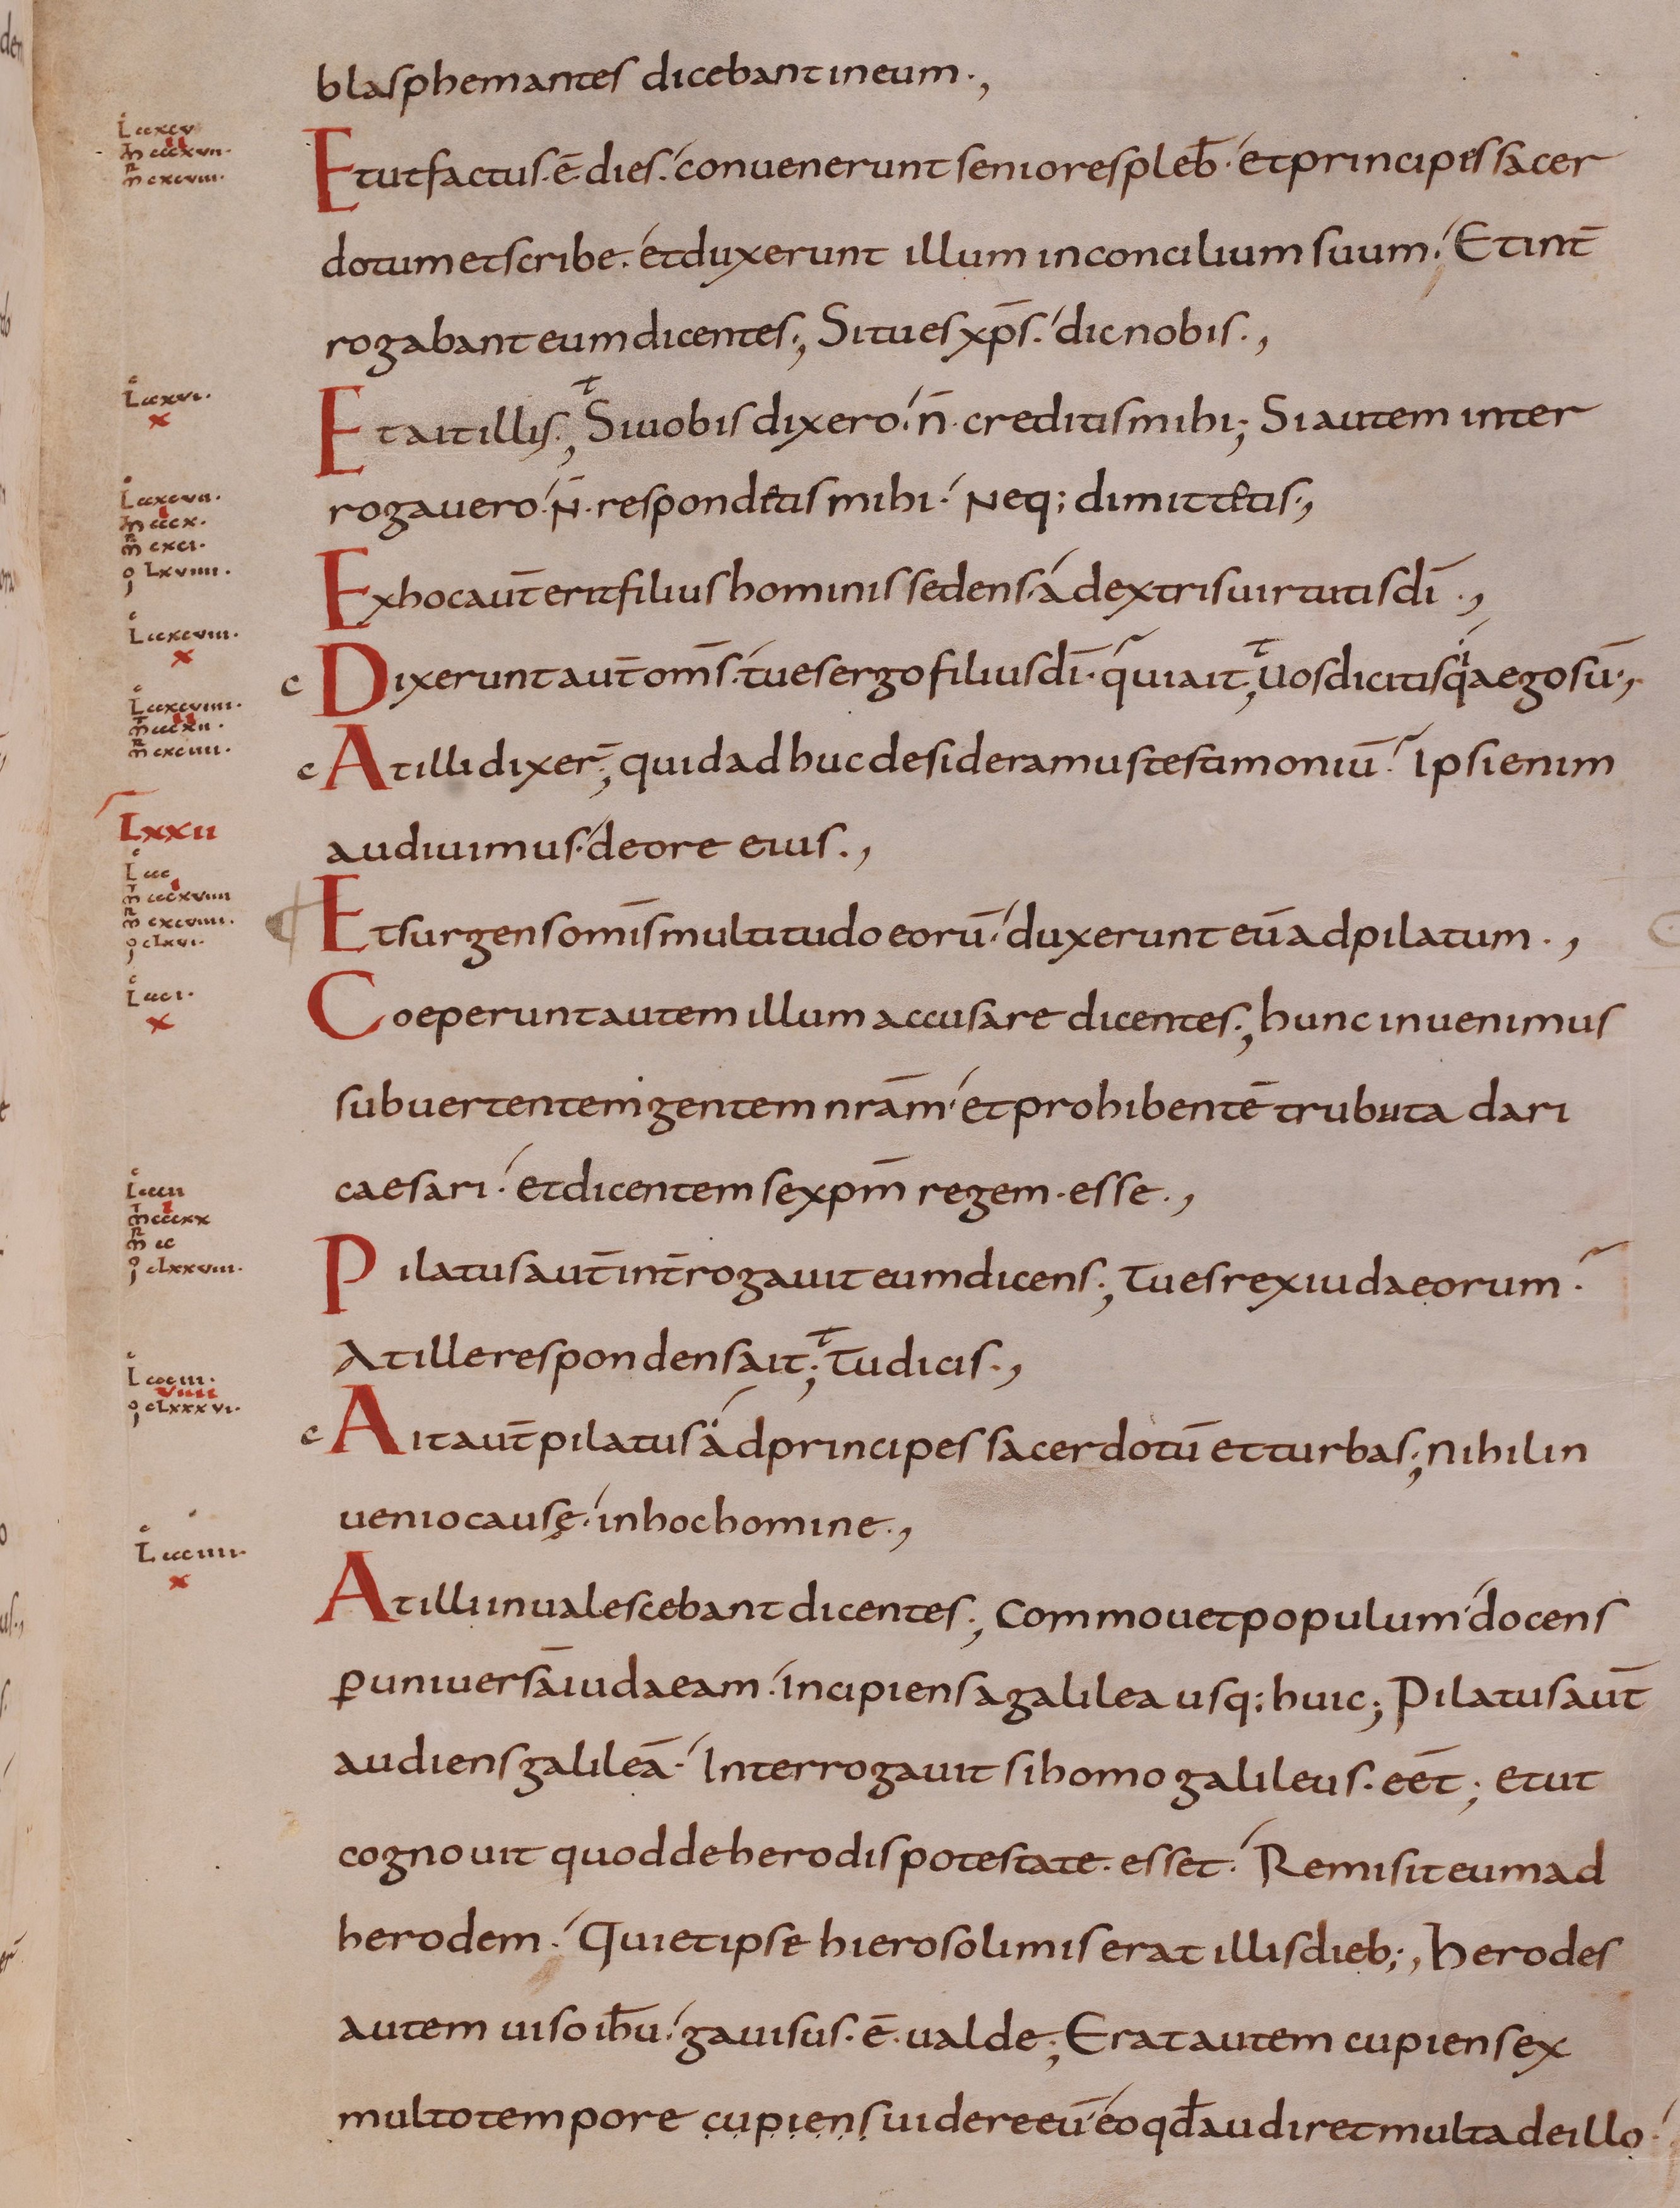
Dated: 800–899